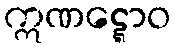
ဣဏဋ္ဋောဝ